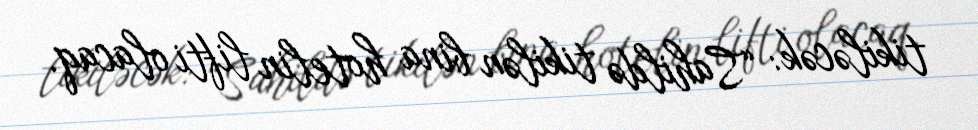
tikiləcək: “Sahildə tikilən bina hotelin lifti olacaq.